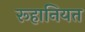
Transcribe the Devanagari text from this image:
रूहानियत